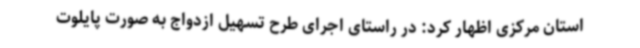
استان مرکزی اظهار کرد: در راستای اجرای طرح تسهیل ازدواج به صورت پایلوت